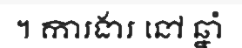
។ ការងារ នៅ ឆ្នាំ